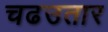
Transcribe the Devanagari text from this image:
चढउतार